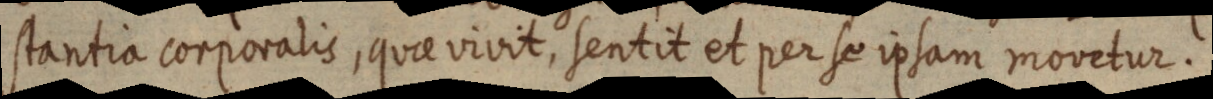
stantia corporalis, quae vivit, sentit et per se ipsam movetur.